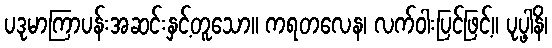
ပဒုမာကြာပန်းအဆင်းနှင့်တူသော။ ကရတလေန၊ လက်ဝါးပြင်ဖြင့်။ ပုပ္ဖါနိ၊